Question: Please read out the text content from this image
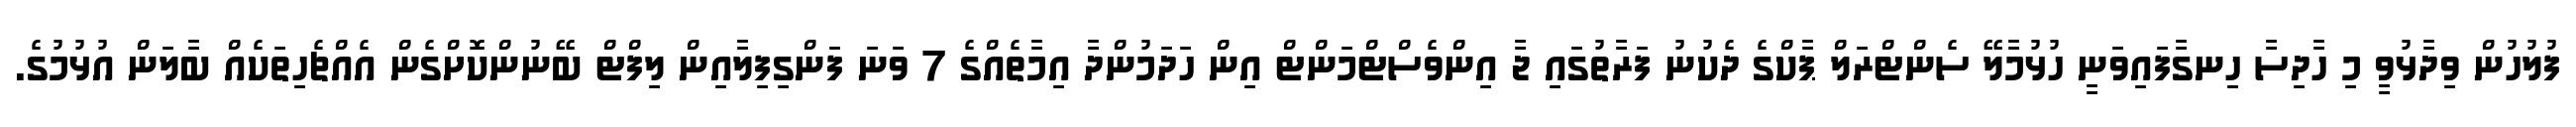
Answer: ފުލުހުން ވިދާޅުވީ މި ހާދިސާ ހިނގާފައިވަނީ ހުޅުމާލޭ ސެންޓްރަލް ޕާކްގެ ދެކުނު ފަރާތުގައި ޖާ އިންވެސްޓްމަންޓް އިން ހަދަމުންދާ އިމާތެއްގެ 7 ވަނަ ފަންގިފިލާއިން ލިފްޓް ބޭނުންކޮށްގެން އެއްޗެހިތަކެއް ބާލަން އުޅުމުގެ.